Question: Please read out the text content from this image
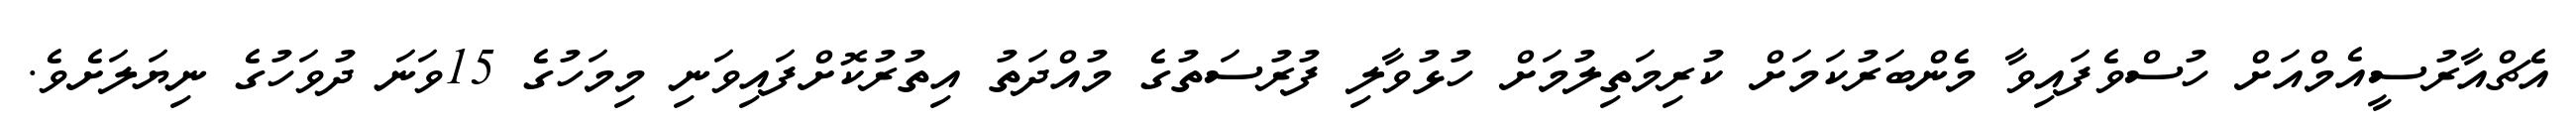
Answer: އެޗްއާރުސީއެމްއަށް ހުސްވެފައިވާ މެންބަރުކަމަށް ކުރިމަތިލުމަށް ހުޅުވާލި ފުރުސަތުގެ މުއްދަތު އިތުރުކޮށްފައިވަނި މިމަހުގެ 15ވަނަ ދުވަހުގެ ނިޔަލަށެވެ.